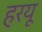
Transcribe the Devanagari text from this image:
हरयू